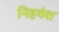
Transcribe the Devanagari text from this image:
निहवंश